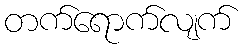
တက်ရောက်လျက်